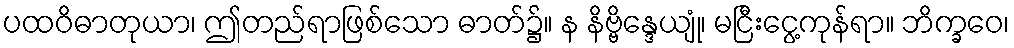
ပထဝိဓာတုယာ၊ ဤတည်ရာဖြစ်သော ဓာတ်၌။ န နိဗ္ဗိန္ဒေယျုံ၊ မငြီးငွေ့ကုန်ရာ။ ဘိက္ခဝေ၊